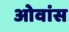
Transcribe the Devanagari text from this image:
ओवांस